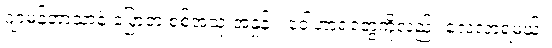
ဂျာမန်ဘာသာနဲ့ ပြောတဲ့ စစ်အသုံးအနှုန်း၊ ဝေါဟာရတွေကိုလည်း လေ့လာရမယ်။